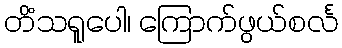
တိံသရူပေါ၊ ကြောက်ဖွယ်စင်္လ